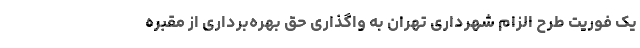
یک فوریت طرح الزام شهرداری تهران به واگذاری حق بهره‌برداری از مقبره